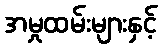
အမှုထမ်းများနှင့်